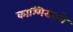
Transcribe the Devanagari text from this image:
काश्मिरातले